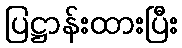
ပြဋ္ဌာန်းထားပြီး